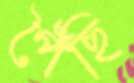
পৈঁছি